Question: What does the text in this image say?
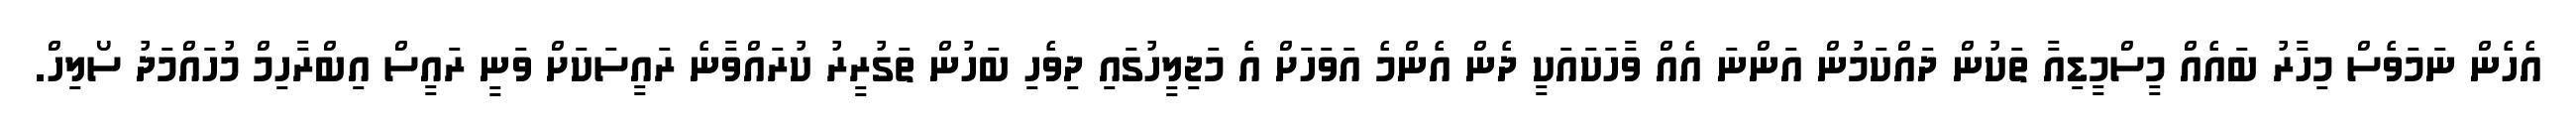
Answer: އެހެން ނަމަވެސް މިހާރު ބައެއް މީސްމީޑިއާ ތަކުން ދައްކަމުން އަންނަ އެއް ވާހަކައަކީ ދެން އެންމެ އަވަހަށް އެ މަޖިލީހުގައި ދިވެހި ބަހުން ތަގުރީރު ކުރައްވާނެ ރައީސަކަށް ވަނީ ރައީސް އިބްރާހިމް މުހައްމަދު ސޯލިހް.